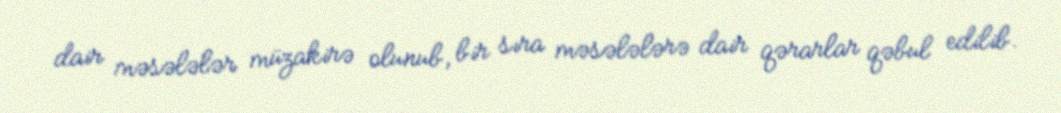
dair məsələlər müzakirə olunub, bir sıra məsələlərə dair qərarlar qəbul edilib.